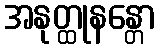
အနုတ္ထုနန္တော